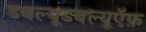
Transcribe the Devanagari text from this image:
डबल्यूडबल्यूऍफ़